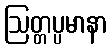
ဩတ္တပ္ပမာနာ